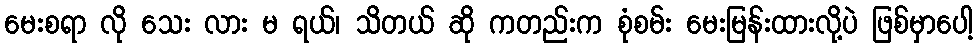
မေးစရာ လို သေး လား မ ရယ်၊ သိတယ် ဆို ကတည်းက စုံစမ်း မေးမြန်းထားလို့ပဲ ဖြစ်မှာပေါ့